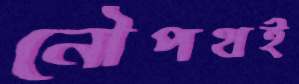
নৌপথই